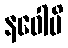
နဝေါပိ